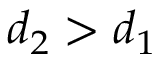
d _ { 2 } > d _ { 1 }